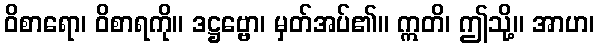
ဝိစာရော၊ ဝိစာရကို။ ဒဋ္ဌဗ္ဗော၊ မှတ်အပ်၏။ ဣတိ၊ ဤသို့။ အာဟ၊